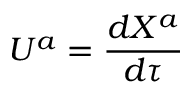
U ^ { a } = { \frac { d X ^ { a } } { d \tau } }